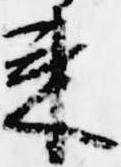
来